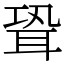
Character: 聓